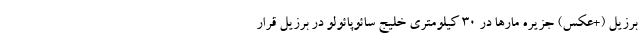
برزیل (+عکس) جزیره مارها در 30 کیلومتری خلیج سائوپائولو در برزیل قرار